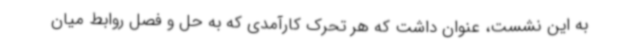
به این نشست، عنوان داشت که هر تحرک کارآمدی که به حل و فصل روابط میان